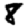
Digit: 8